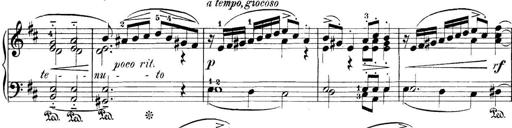
Title: 3 Sonatinas
Composer: Carl Reinecke